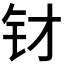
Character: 𲇭